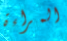
المراءة